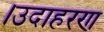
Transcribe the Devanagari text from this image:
।उदाहरण